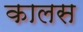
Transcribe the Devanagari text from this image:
कालस